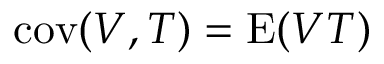
\operatorname { c o v } ( V , T ) = \operatorname { E } ( V T )